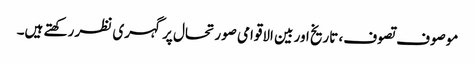
موصوف تصوف، تاریخ اور بین الاقوامی صورتحال پر گہری نظر رکھتے ہیں۔